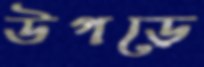
উগড়ে